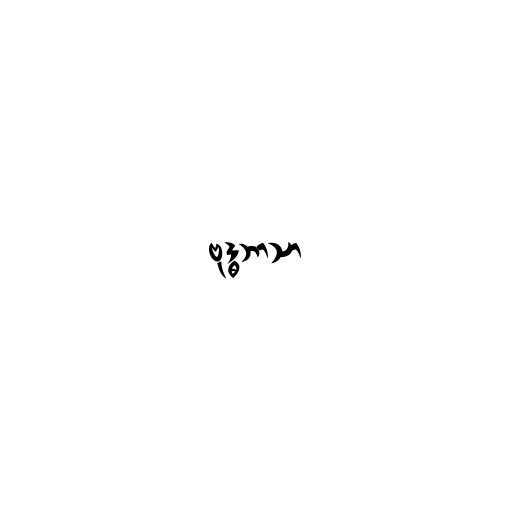
ဗုဒ္ဓဘာသာ